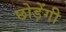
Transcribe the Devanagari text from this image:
छोड़ेंगी